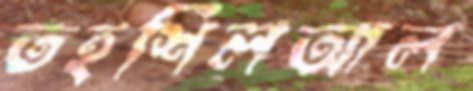
তহশিলআল